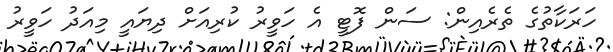
ހަރަކާތުގެ ތެރެއިން: ސަން ފޮޓީ އެ ހަވީރު ކުރިއަށް ދިޔައީ މިއަދު ހަވީރު